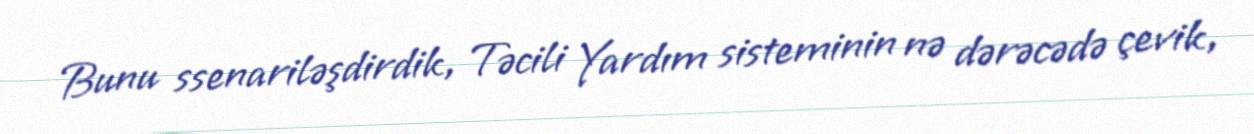
Bunu ssenariləşdirdik, Təcili Yardım sisteminin nə dərəcədə çevik,